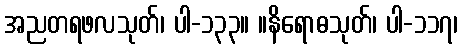
အညတရဖလသုတ်၊ ပါ-၁၃၃။ ။နိရောဓသုတ်၊ ပါ-၁၁၇၊